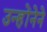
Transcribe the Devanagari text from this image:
उन्होंनेने